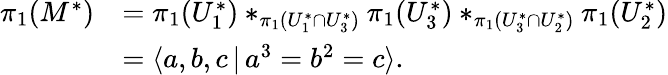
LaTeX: \begin{array}{rl}{\pi_{1}(M^{*})}&{=\pi_{1}(U_{1}^{*})\ast_{\pi_{1}(U_{1}^{*}\cap U_{3}^{*})}\pi_{1}(U_{3}^{*})\ast_{\pi_{1}(U_{3}^{*}\cap U_{2}^{*})}\pi_{1}(U_{2}^{*})}\\ &{=\langle a,b,c\, |\, a^{3}=b^{2}=c\rangle.}\end{array}